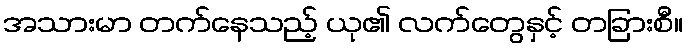
အသားမာ တက်နေသည့် ယု၏ လက်တွေနှင့် တခြားစီ။